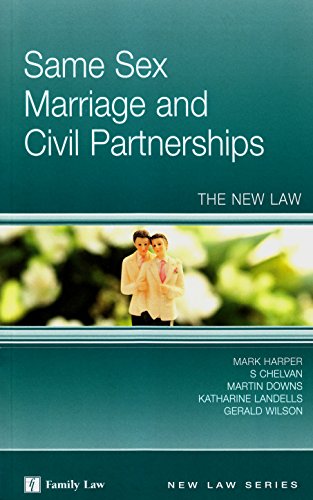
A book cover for Same Sex Marriage and Civil Partnerships: The New Law; Mark Harper; Law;